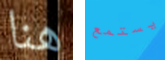
هنا يستمع